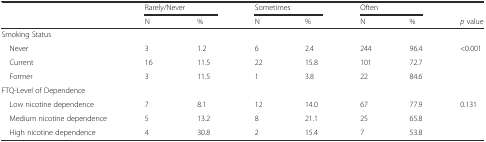
<table><thead><tr><td></td><td colspan="2"><b>Rarely/Never</b></td><td colspan="2"><b>Sometimes</b></td><td colspan="2"><b>Often</b></td><td></td></tr><tr><td></td><td><b>N</b></td><td><b>%</b></td><td><b>N</b></td><td><b>%</b></td><td><b>N</b></td><td><b>%</b></td><td><b><i>p</i> value</b></td></tr></thead><tbody><tr><td colspan="8">Smoking Status</td></tr><tr><td> Never</td><td>3</td><td>1.2</td><td>6</td><td>2.4</td><td>244</td><td>96.4</td><td>&lt;0.001</td></tr><tr><td> Current</td><td>16</td><td>11.5</td><td>22</td><td>15.8</td><td>101</td><td>72.7</td><td></td></tr><tr><td> Former</td><td>3</td><td>11.5</td><td>1</td><td>3.8</td><td>22</td><td>84.6</td><td></td></tr><tr><td colspan="8">FTQ-Level of Dependence</td></tr><tr><td> Low nicotine dependence</td><td>7</td><td>8.1</td><td>12</td><td>14.0</td><td>67</td><td>77.9</td><td>0.131</td></tr><tr><td> Medium nicotine dependence</td><td>5</td><td>13.2</td><td>8</td><td>21.1</td><td>25</td><td>65.8</td><td></td></tr><tr><td> High nicotine dependence</td><td>4</td><td>30.8</td><td>2</td><td>15.4</td><td>7</td><td>53.8</td><td></td></tr></tbody></table>